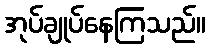
အုပ်ချုပ်နေကြသည်။